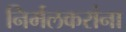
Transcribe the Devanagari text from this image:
निर्मलकरांना